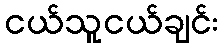
ငယ်သူငယ်ချင်း